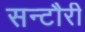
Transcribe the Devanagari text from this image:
सन्टौरी